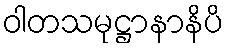
ဝါတသမုဋ္ဌာနာနိပိ